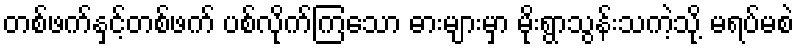
တစ်ဖက်နှင့်တစ်ဖက် ပစ်လိုက်ကြသော ဓားများမှာ မိုးရွာသွန်းသကဲ့သို့ မရပ်မစဲ